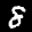
Label: 8